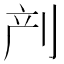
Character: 𱐙